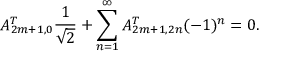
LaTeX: A _ { 2 m + 1 , 0 } ^ { T } { \frac { 1 } { \sqrt 2 } } + \sum _ { n = 1 } ^ { \infty } A _ { 2 m + 1 , 2 n } ^ { T } ( - 1 ) ^ { n } = 0 .